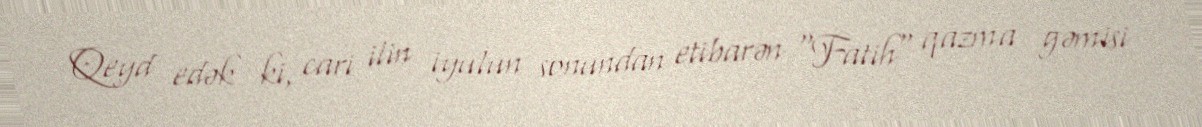
Qeyd edək ki, cari ilin iyulun sonundan etibarən "Fatih" qazma gəmisi